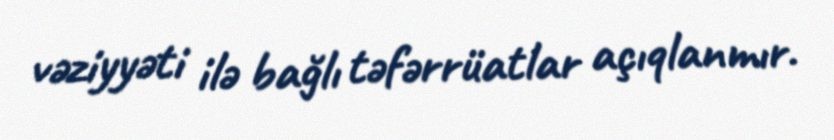
vəziyyəti ilə bağlı təfərrüatlar açıqlanmır.